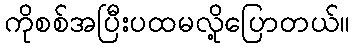
ကိုစစ်အပြီးပထမလို့ပြောတယ်။